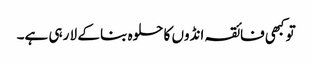
تو کبھی فائقہ انڈوں کا حلوہ بنا کے لا رہی ہے۔